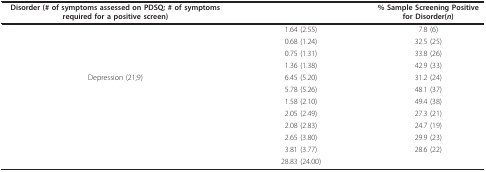
<table><thead><tr><td><b>Disorder (# of symptoms assessed on PDSQ; # of symptoms required for a positive screen)</b></td><td>[EMPTY_CELL]</td><td><b>% Sample Screening Positive for Disorder(<i>n</i>)</b></td></tr></thead><tbody><tr><td>[EMPTY_CELL]</td><td>1.64 (2.55)</td><td>7.8 (6)</td></tr><tr><td>[EMPTY_CELL]</td><td>0.68 (1.24)</td><td>32.5 (25)</td></tr><tr><td>[EMPTY_CELL]</td><td>0.75 (1.31)</td><td>33.8 (26)</td></tr><tr><td>[EMPTY_CELL]</td><td>1.36 (1.38)</td><td>42.9 (33)</td></tr><tr><td>Depression (21;9)</td><td>6.45 (5.20)</td><td>31.2 (24)</td></tr><tr><td>[EMPTY_CELL]</td><td>5.78 (5.26)</td><td>48.1 (37)</td></tr><tr><td>[EMPTY_CELL]</td><td>1.58 (2.10)</td><td>49.4 (38)</td></tr><tr><td>[EMPTY_CELL]</td><td>2.05 (2.49)</td><td>27.3 (21)</td></tr><tr><td>[EMPTY_CELL]</td><td>2.08 (2.83)</td><td>24.7 (19)</td></tr><tr><td>[EMPTY_CELL]</td><td>2.65 (3.80)</td><td>29.9 (23)</td></tr><tr><td>[EMPTY_CELL]</td><td>3.81 (3.77)</td><td>28.6 (22)</td></tr><tr><td>[EMPTY_CELL]</td><td>28.83 (24.00)</td><td>[EMPTY_CELL]</td></tr></tbody></table>